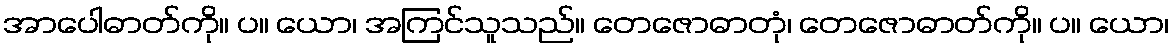
အာပေါဓာတ်ကို။ ပ။ ယော၊ အကြင်သူသည်။ တေဇောဓာတုံ၊ တေဇောဓာတ်ကို။ ပ။ ယော၊